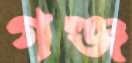
গঞ্জ